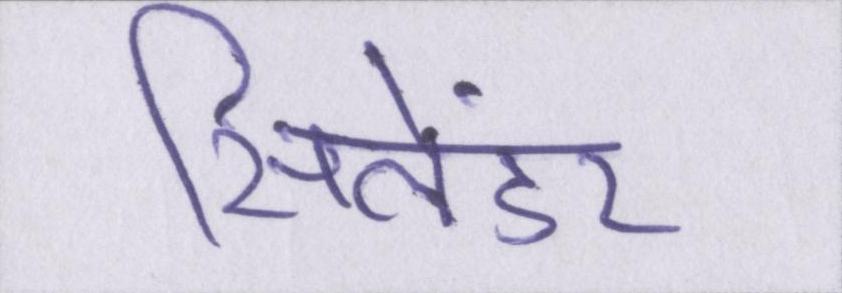
सिलेंडर